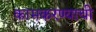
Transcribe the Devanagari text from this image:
कामकरण्याची